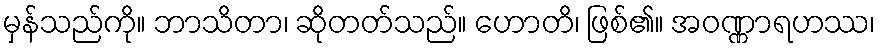
မှန်သည်ကို။ ဘာသိတာ၊ ဆိုတတ်သည်။ ဟောတိ၊ ဖြစ်၏။ အဝဏ္ဏာရဟဿ၊